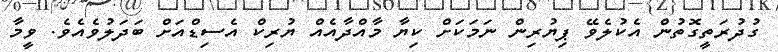
ގުދުރަތީގޮތުން އެކުލެވޭ ޕިޔުރިން ނަމަކަށް ކިޔާ މާއްދާއެއް ޔުރިކް އެސިޑްއަށް ބަދަލުވެއެވެ. ވީމާ